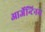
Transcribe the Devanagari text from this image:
आर्जेन्टिनम